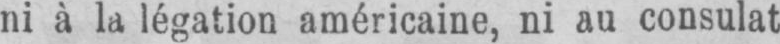
ni à la légation américaine, ni au consulat